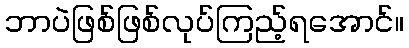
ဘာပဲဖြစ်ဖြစ်လုပ်ကြည့်ရအောင်။